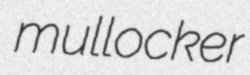
mullocker